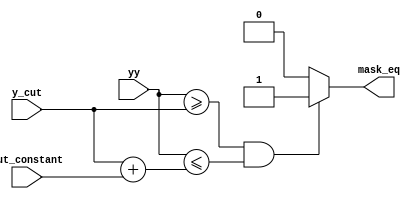
module Y_CUT_1(
	input wire [9:0]yy,
	input wire [9:0]y_cut,
	input wire [9:0]cut_constant,
	
	output reg mask_eq
	);

wire	[9:0]y_cut_end;

assign y_cut_end = y_cut + cut_constant;
	
always @(yy, y_cut)
	begin
		if((yy >= y_cut)&&(yy <= y_cut_end))
			mask_eq = 1;
		else
			mask_eq = 0;	
	end 
endmodule